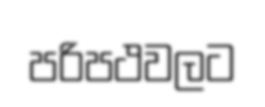
පරිපථවලට